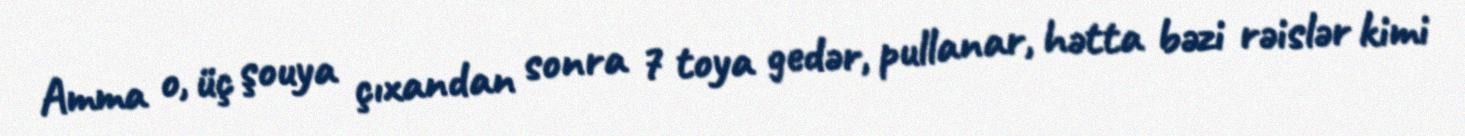
Amma o, üç şouya çıxandan sonra 7 toya gedər, pullanar, hətta bəzi rəislər kimi